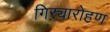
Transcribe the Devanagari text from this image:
गिऱ्यारोहण